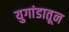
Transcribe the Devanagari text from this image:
युगांडातून